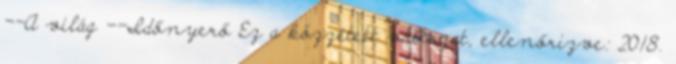
--A világ --Időnyerő Ez a közzétett változat, ellenőrizve: 2018.